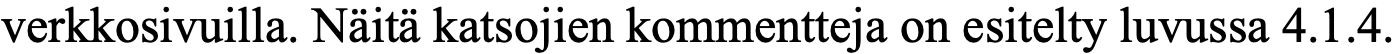
verkkosivuilla. Näitä katsojien kommentteja on esitelty luvussa 4.1.4.